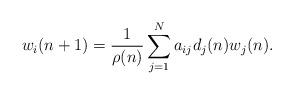
LaTeX: \begin{align*}w_{i}(n + 1) = \frac{1}{\rho(n)} \sum\limits_{j=1}^{N} a_{ij} d_{j}(n) w_j(n).\end{align*}